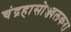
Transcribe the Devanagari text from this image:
चंद्रहासोज्ज्वलकरा